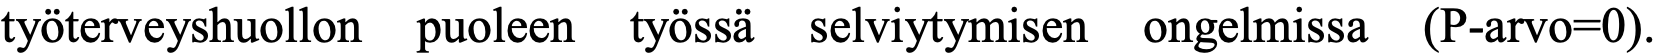
työterveyshuollon puoleen työssä selviytymisen ongelmissa (P-arvo=0).